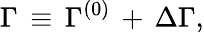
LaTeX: \Gamma\, \equiv\, {\Gamma}^{(0)}\, +\, \Delta\Gamma,